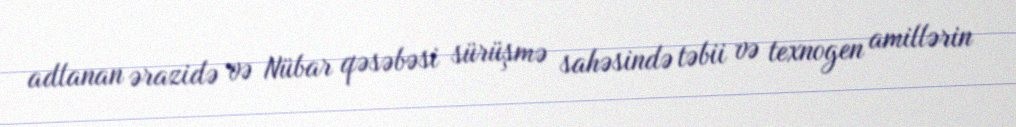
adlanan ərazidə və Nübar qəsəbəsi sürüşmə sahəsində təbii və texnogen amillərin